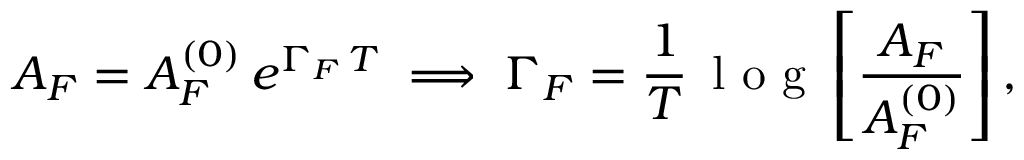
A _ { F } = A _ { F } ^ { ( 0 ) } \, e ^ { \Gamma _ { F } \, T } \implies \Gamma _ { F } = \frac { 1 } { T } \, \mathrm { ~ l ~ o ~ g ~ } \left[ \frac { A _ { F } } { A _ { F } ^ { ( 0 ) } } \right] ,